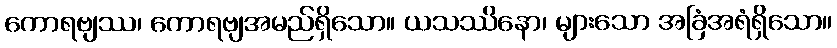
ကောရဗျဿ၊ ကောရဗျအမည်ရှိသော။ ယသဿိနော၊ များသော အခြံအရံရှိသော။